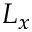
L _ { x }